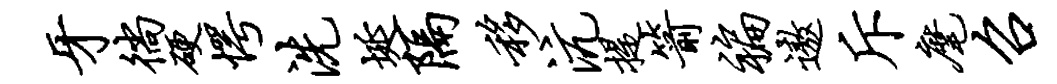
牙徜硬愕洗埏隔移沆提箭褊遨斥麾召